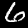
Digit: 6